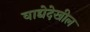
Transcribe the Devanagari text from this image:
वाद्येदेखील